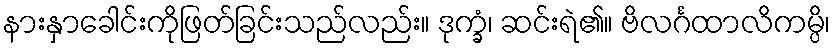
နားနှာခေါင်းကိုဖြတ်ခြင်းသည်လည်း။ ဒုက္ခံ၊ ဆင်းရဲ၏။ ဗိလင်္ဂထာလိကမ္ပိ၊